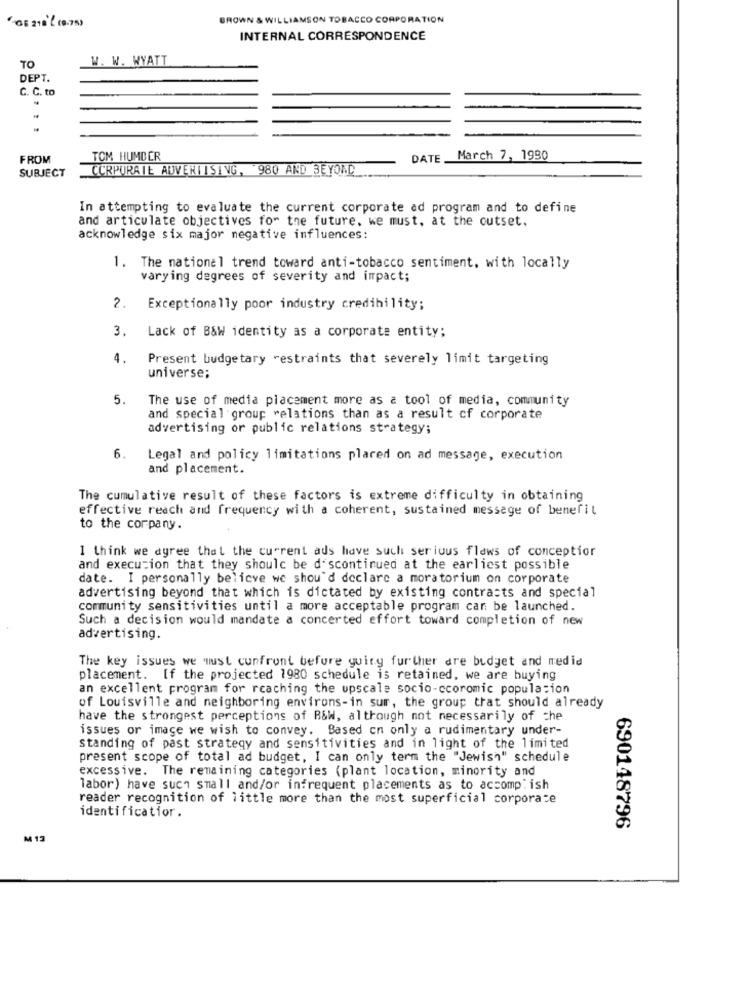
BROWN & WILLIAMSON TOBACCO CORPORATION
INTERNAL CORRESPONDENCE
W. W. WYATT
TO
DEPT.
C. C. to
FROM
TOM HUMBER
DATE
March 7, 1990
SUBJECT
CORPORATE ADVERTISING, 980 AND BEYOND
In attempting to evaluate the current corporate ad program and to define
and articulate objectives for the future, we must, at the outset.
acknowledge six major negative influences:
1. The national trend toward anti-tobacco sentiment, with locally
varying degrees of severity and impact;
2.
Exceptionally poor industry credibility;
3.
Lack of B&W identity as a corporate entity;
4.
Present budgetary restraints that severely limit targeting
universe;
5.
The use of media placement more as a tool of media, community
and special group relations than as a result of corporate
advertising or public relations strategy;
6.
Legal and policy limitations placed on ad message, execution
and placement.
The cumulative result of these factors is extreme difficulty in obtaining
effective reach and frequency with a coherent, sustained message of benefit
to the corpany.
I think we agree that the current ads have such serious flaws of conceptior
and execution that they should be d'scontinued at the earliest possible
date. I personally believe we shou'd declare a moratorium on corporate
advertising beyond that which is dictated by existing contracts and special
community sensitivities until a more acceptable program can be launched.
Such a decision would mandate a concerted effort toward completion of new
advertising.
The key issues we must confront before guiny further are budget and medid
placement. If the projected 1980 schedule is retained, we are buying
an excellent program for reaching the upscale socio-ccoromic population
of Louisville and neighboring environs-in sur, the group trat should already
have the strongest perceptions of B&W, although not necessarily of the
issues or image we wish to convey. Based on only a rudimentary under-
standing of past strategy and sensitivities and in light of the limited
present scope of total ad budget, I can only term the "Jewish" schedule
excessive. The remaining categories (plant location, minority and
labor) have such small and/or infrequent placements as to accomplish
reader recognition of little more than the most superficial corporate
identificatior.
690148796
M 13